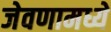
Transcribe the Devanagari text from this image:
जेवणामध्ये